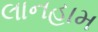
લાનહામ